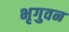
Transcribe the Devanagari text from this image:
भृगुवन